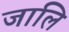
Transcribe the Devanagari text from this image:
जालि